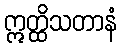
ဣတ္ထိသတာနံ